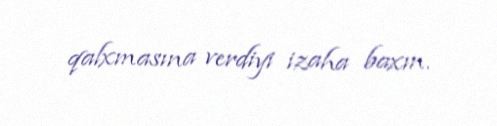
qalxmasına verdiyi izaha baxın.